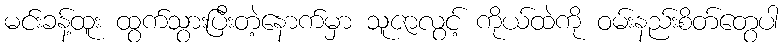
မင်းခန့်ထူး ထွက်သွားပြီးတဲ့နောက်မှာ သူဇာလွင့် ကိုယ်ထဲကို ဝမ်းနည်းစိတ်တွေပါ